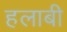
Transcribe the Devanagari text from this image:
हलाबी